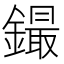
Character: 𲇤